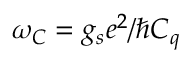
\omega _ { C } = g _ { s } e ^ { 2 } / \hbar C _ { q }